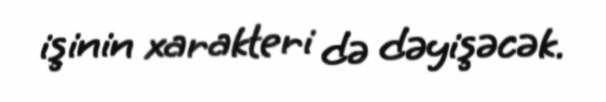
işinin xarakteri də dəyişəcək.